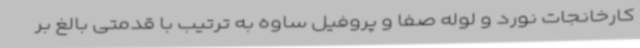
کارخانجات نورد و لوله صفا و پروفیل ساوه به ترتیب با قدمتی بالغ بر